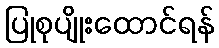
ပြုစုပျိုးထောင်ရန်